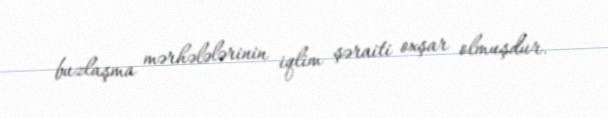
buzlaşma mərhələlərinin iqlim şəraiti oxşar olmuşdur.